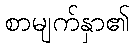
စာမျက်နှာ၏